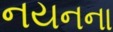
નયનના